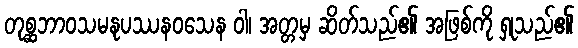
တုစ္ဆဘာဝသမနုပဿနဝသေန ဝါ၊ အတ္တမှ ဆိတ်သည်၏ အဖြစ်ကို ရှုသည်၏